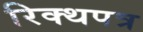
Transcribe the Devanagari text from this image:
रिक्थपत्र